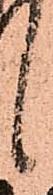
候